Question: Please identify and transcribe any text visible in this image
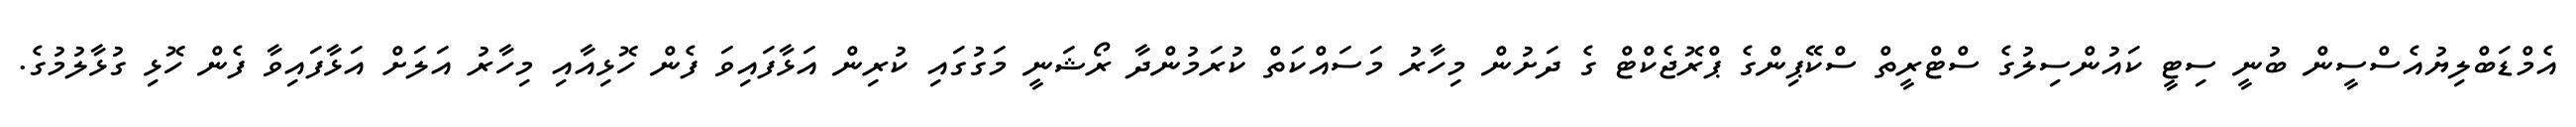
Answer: އެމްޑަބްލިޔުއެސްސީން ބުނީ ސިޓީ ކައުންސިލުގެ ސްޓްރީތް ސްކޭޕިންގެ ޕްރޮޖެކްޓް ގެ ދަށުން މިހާރު މަސައްކަތް ކުރަމުންދާ ރޯޝަނީ މަގުގައި ކުރިން އަޅާފައިވަ ފެން ހޮޅިއާއި މިހާރު އަލަށް އަޅާފައިވާ ފެން ހޮޅި ގުޅާލުމުގެ.